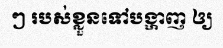
ៗ របស់ខ្លួនទៅបង្ហាញ ឲ្យ